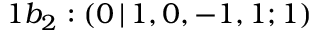
1 b _ { 2 } : ( 0 \, | \, 1 , 0 , - 1 , 1 ; 1 )